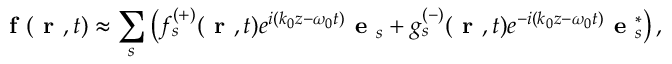
\textbf { f } \! \left( \textbf { r } , t \right) \approx \sum _ { s } \left( f _ { s } ^ { ( + ) } ( \textbf { r } , t ) e ^ { i ( k _ { 0 } z - \omega _ { 0 } t ) } { \textbf { e } } _ { s } + g _ { s } ^ { ( - ) } ( \textbf { r } , t ) e ^ { - i ( k _ { 0 } z - \omega _ { 0 } t ) } { \textbf { e } } _ { s } ^ { * } \right) ,